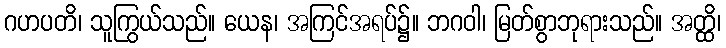
ဂဟပတိ၊ သူကြွယ်သည်။ ယေန၊ အကြင်အရပ်၌။ ဘဂဝါ၊ မြတ်စွာဘုရားသည်။ အတ္ထိ၊